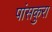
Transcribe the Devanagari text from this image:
पांसकुरा